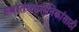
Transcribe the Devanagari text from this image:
स्वातंत्र्यसैनिकांसाठी